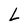
Character: L